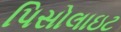
પિસોલાઇટ